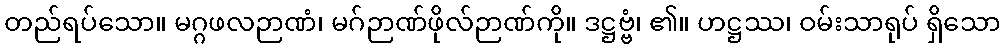
တည်ရပ်သော။ မဂ္ဂဖလဉာဏံ၊ မဂ်ဉာဏ်ဖိုလ်ဉာဏ်ကို။ ဒဋ္ဌဗ္ဗံ၊ ၏။ ဟဋ္ဌဿ၊ ဝမ်းသာရုပ် ရှိသော